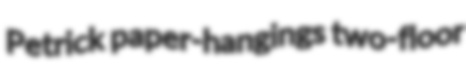
Petrick paper-hangings two-floor